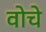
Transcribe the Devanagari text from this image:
वोचे